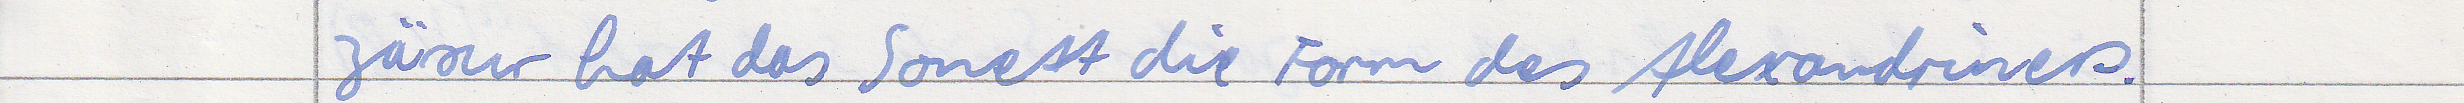
zäsur hat das Sonett die Form des Alexandriners.